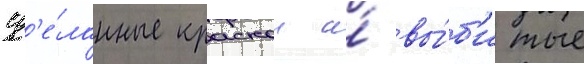
сд'е́ланные краскои и́ вы́б'итые